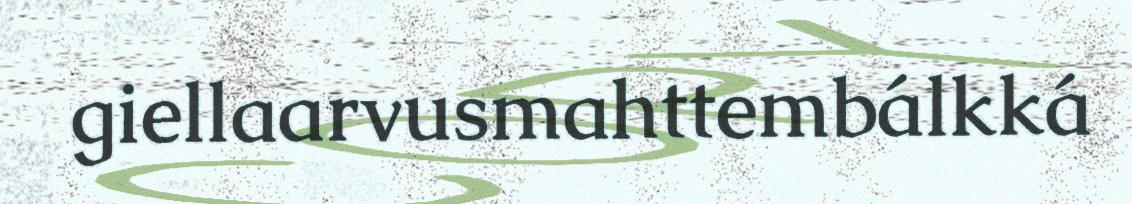
giellaarvusmahttembálkká